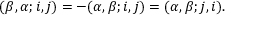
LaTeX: ( \beta , \alpha ; i , j ) = - ( \alpha , \beta ; i , j ) = ( \alpha , \beta ; j , i ) .